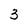
Character: 3